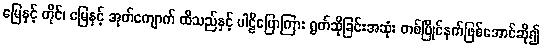
မြေနှင့် တိုင်၊ မြေနှင့် အုတ်ကျောက် ထိသည်နှင့် ပါဠိပြောကြား ရွတ်ဆိုခြင်းအဆုံး တစ်ပြိုင်နက်ဖြစ်အောင်ဆို၍